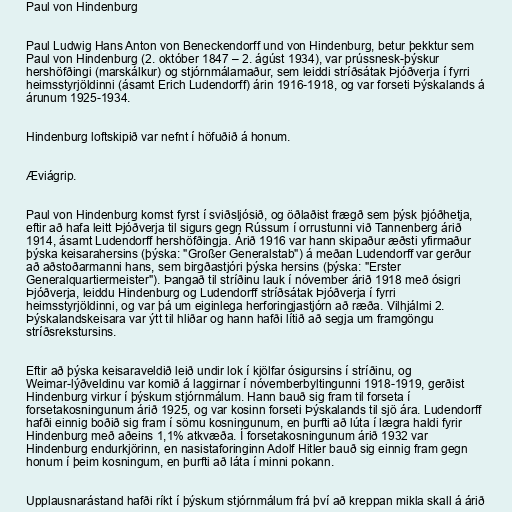
Paul von Hindenburg

Paul Ludwig Hans Anton von Beneckendorff und von Hindenburg, betur þekktur sem
Paul von Hindenburg (2. október 1847 – 2. ágúst 1934), var prússnesk-þýskur
hershöfðingi (marskálkur) og stjórnmálamaður, sem leiddi stríðsátak Þjóðverja í fyrri
heimsstyrjöldinni (ásamt Erich Ludendorff) árin 1916-1918, og var forseti Þýskalands á
árunum 1925-1934.

Hindenburg loftskipið var nefnt í höfuðið á honum.

Æviágrip.

Paul von Hindenburg komst fyrst í sviðsljósið, og öðlaðist frægð sem þýsk þjóðhetja,
eftir að hafa leitt Þjóðverja til sigurs gegn Rússum í orrustunni við Tannenberg árið
1914, ásamt Ludendorff hershöfðingja. Árið 1916 var hann skipaður æðsti yfirmaður
þýska keisarahersins (þýska: "Großer Generalstab") á meðan Ludendorff var gerður
að aðstoðarmanni hans, sem birgðastjóri þýska hersins (þýska: "Erster
Generalquartiermeister"). Þangað til stríðinu lauk í nóvember árið 1918 með ósigri
Þjóðverja, leiddu Hindenburg og Ludendorff stríðsátak Þjóðverja í fyrri
heimsstyrjöldinni, og var þá um eiginlega herforingjastjórn að ræða. Vilhjálmi 2.
Þýskalandskeisara var ýtt til hliðar og hann hafði lítið að segja um framgöngu
stríðsrekstursins.

Eftir að þýska keisaraveldið leið undir lok í kjölfar ósigursins í stríðinu, og
Weimar-lýðveldinu var komið á laggirnar í nóvemberbyltingunni 1918-1919, gerðist
Hindenburg virkur í þýskum stjórnmálum. Hann bauð sig fram til forseta í
forsetakosningunum árið 1925, og var kosinn forseti Þýskalands til sjö ára. Ludendorff
hafði einnig boðið sig fram í sömu kosningunum, en þurfti að lúta í lægra haldi fyrir
Hindenburg með aðeins 1,1% atkvæða. Í forsetakosningunum árið 1932 var
Hindenburg endurkjörinn, en nasistaforinginn Adolf Hitler bauð sig einnig fram gegn
honum í þeim kosningum, en þurfti að láta í minni pokann.

Upplausnarástand hafði ríkt í þýskum stjórnmálum frá því að kreppan mikla skall á árið